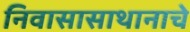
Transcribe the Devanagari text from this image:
निवासासाथानाचे